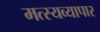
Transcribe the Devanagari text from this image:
मत्स्यव्यापार